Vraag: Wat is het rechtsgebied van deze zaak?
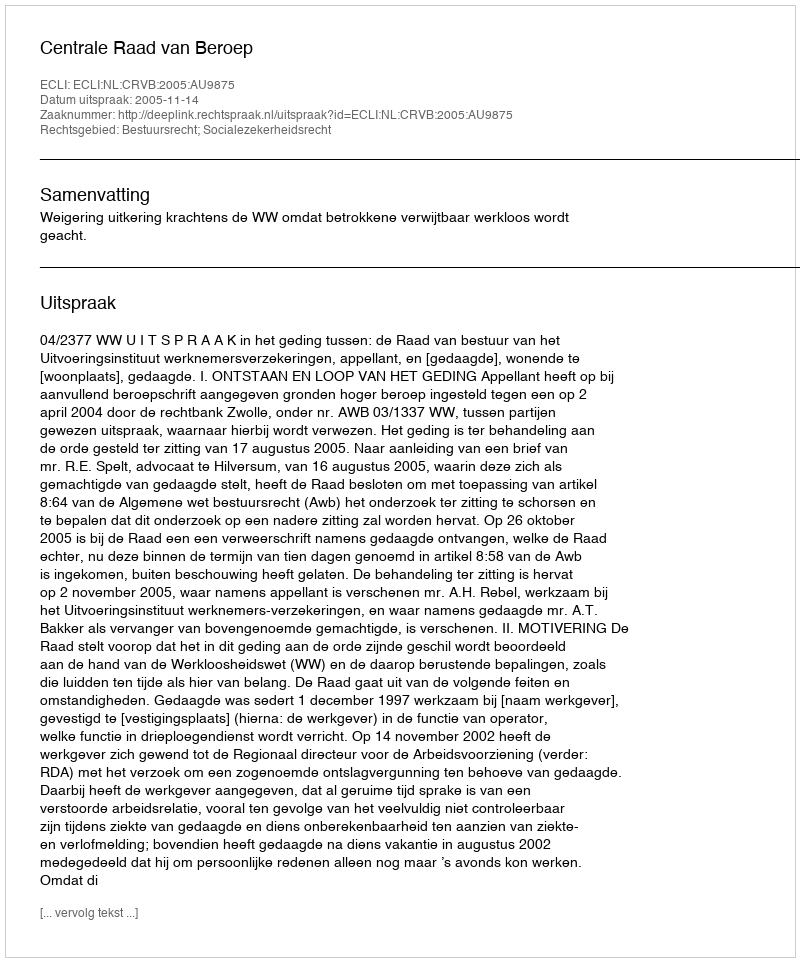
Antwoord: Bestuursrecht; Socialezekerheidsrecht